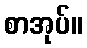
စာအုပ်။